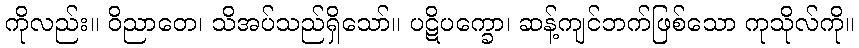
ကိုလည်း။ ဝိညာတေ၊ သိအပ်သည်ရှိသော်။ ပဋိပက္ခော၊ ဆန့်ကျင်ဘက်ဖြစ်သော ကုသိုလ်ကို။